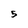
Character: 5